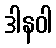
ဒါနဝါ